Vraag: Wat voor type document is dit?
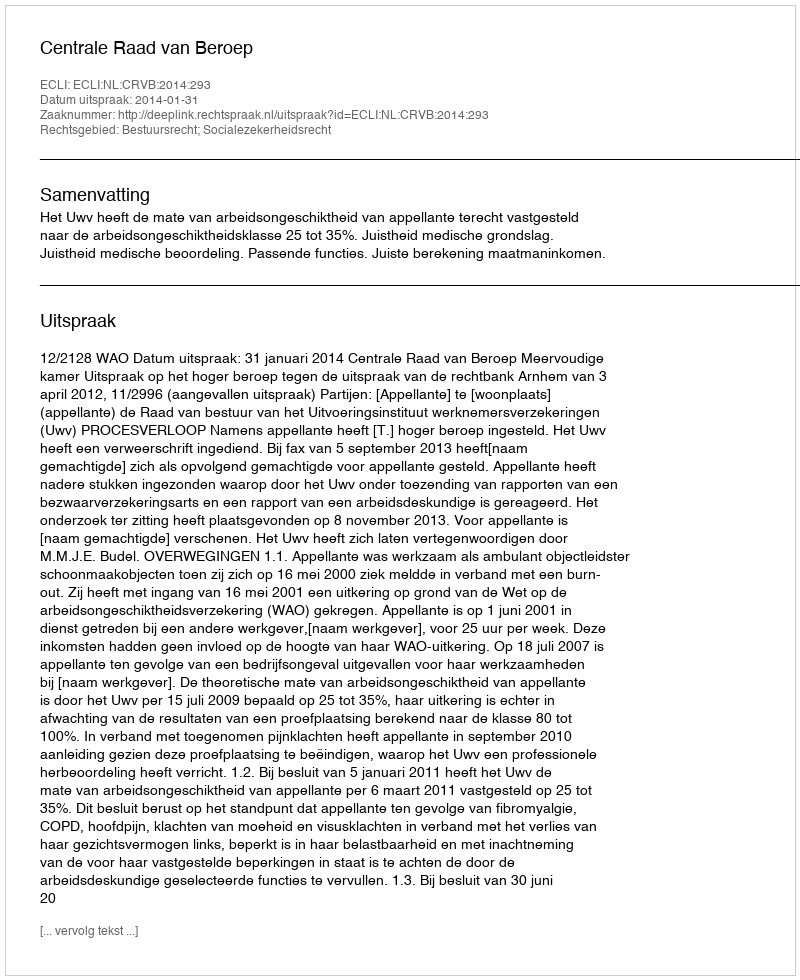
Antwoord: Uitspraak